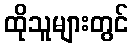
ထိုသူများတွင်